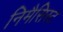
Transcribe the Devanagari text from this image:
निमैसिस्ट